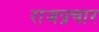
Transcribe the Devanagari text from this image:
राजप्रचार